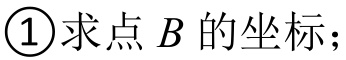
\textcircled{1}求点\(B\)的坐标；